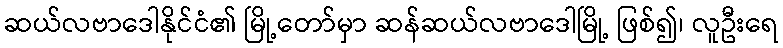
ဆယ်လဗာဒေါနိုင်ငံ၏ မြို့တော်မှာ ဆန်ဆယ်လဗာဒေါမြို့ ဖြစ်၍၊ လူဦးရေ